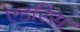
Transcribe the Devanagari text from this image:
एडरिस